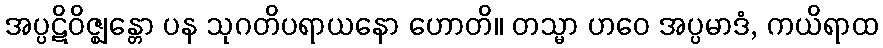
အပ္ပဋိဝိဇ္ဈန္တော ပန သုဂတိပရာယနော ဟောတိ။ တသ္မာ ဟဝေ အပ္ပမာဒံ, ကယိရာထ